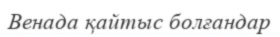
Венада қайтыс болғандар